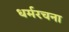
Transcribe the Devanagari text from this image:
धर्मरचना